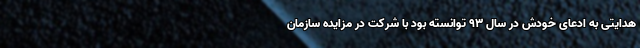
هدایتی به ادعای خودش در سال ۹۳ توانسته بود با شرکت در مزایده سازمان